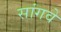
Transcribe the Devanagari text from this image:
सांगवे